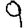
Digit: 9